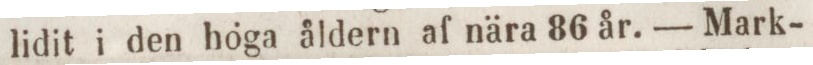
lidit i den höga åldern af nära 86 år. — Mark-